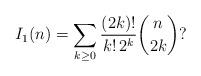
LaTeX: \begin{align*}I_{1}(n) = \sum_{k \geq 0} \frac{(2k)!}{k! \, 2^{k}} \binom{n}{2k} ?\end{align*}